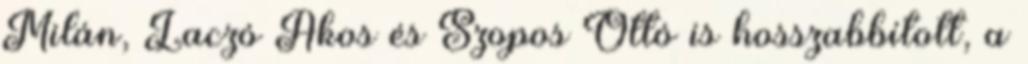
Milán, Laczó Ákos és Szopos Ottó is hosszabbított, a